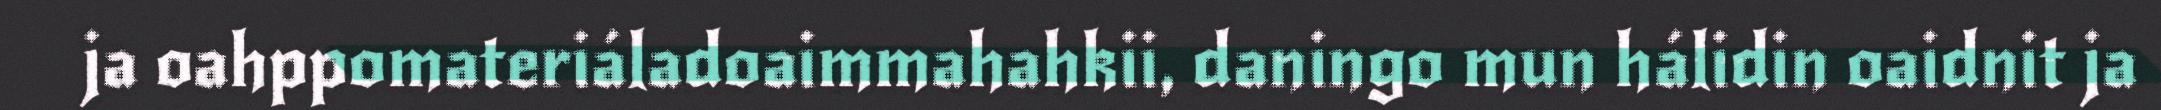
ja oahppomateriáladoaimmahahkii, daningo mun hálidin oaidnit ja